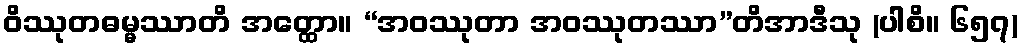
ဝိဿုတဓမ္မဿာတိ အတ္ထော။ “အဝဿုတာ အဝဿုတဿာ”တိအာဒီသု (ပါစိ။ ၆၅၇)